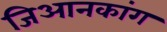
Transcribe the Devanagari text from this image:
जिआनकांग